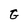
Character: G